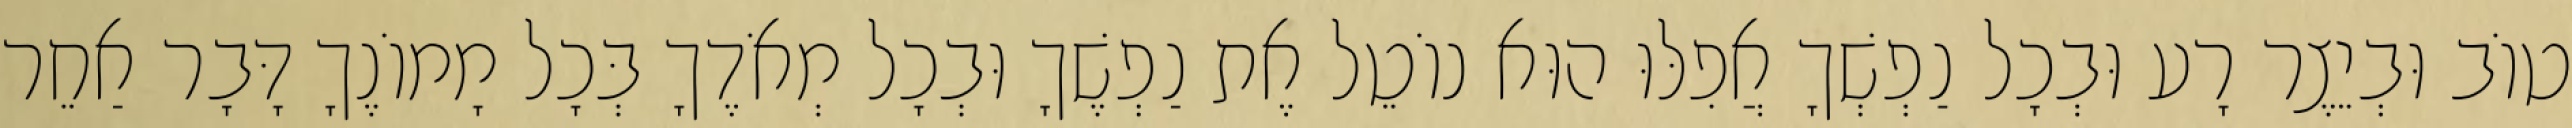
טוֹב וּבְיֵצֶר רָע וּבְכָל נַפְשְׁךָ אֲפִלּוּ הוּא נוֹטֵל אֶת נַפְשֶׁךָ וּבְכָל מְאֹדֶךָ בְּכָל מָמוֹנֶךָ דָּבָר אַחֵר